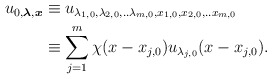
\begin{align*}\begin{aligned}u_{0,\boldsymbol{\lambda},\boldsymbol{x}}&\equiv u_{\lambda_{1,0},\lambda_{2,0},..\lambda_{m,0}, x_{1,0},x_{2,0},..x_{m,0}}\\&\equiv \sum_{j=1}^{m}\chi(x-x_{j,0})u_{\lambda_{j,0}}(x-x_{j,0}).\end{aligned}\end{align*}